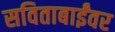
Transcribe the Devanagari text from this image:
सविताबाईंवर